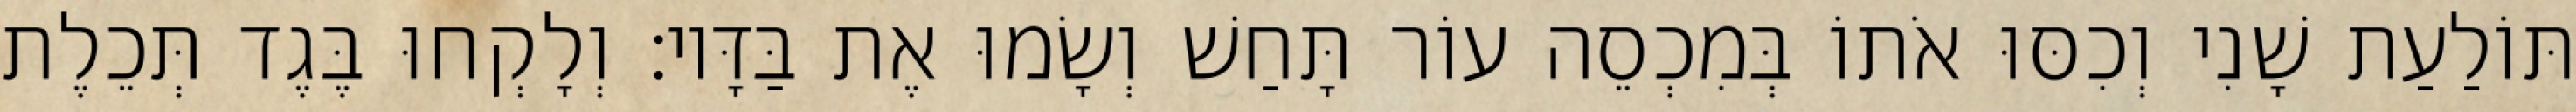
תּוֹלַעַת שָׁנִי וְכִסּוּ אֹתוֹ בְּמִכְסֵה עוֹר תָּחַשׁ וְשָׂמוּ אֶת בַּדָּיו׃ וְלָקְחוּ בֶּגֶד תְּכֵלֶת